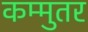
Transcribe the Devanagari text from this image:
कम्मुतर